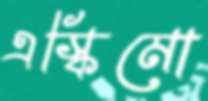
এস্কিমো